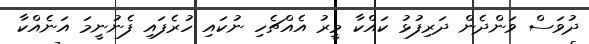
ދުވަސް ވަންދެން ދަރިފުޅު ކައްކާ މީރު އެއްޗެހި ނުކައި ހުރެފައި ފެނުނީމަ އަނެއްކާ